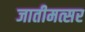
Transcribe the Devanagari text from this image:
जातीमत्सर